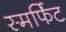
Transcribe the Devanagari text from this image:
स्मर्फिट